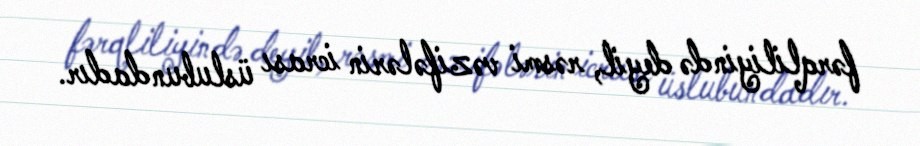
fərqliliyində deyil, rəsmi vəzifələrin icrası üslubundadır.